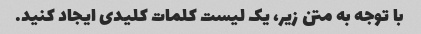
با توجه به متن زیر، یک لیست کلمات کلیدی ایجاد کنید.